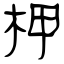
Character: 柙